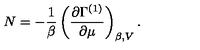
N = - \frac { 1 } { \beta } \left( \frac { \partial \Gamma ^ { ( 1 ) } } { \partial \mu } \right) _ { \beta , V } .